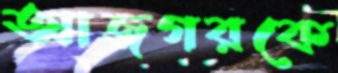
আজগরকে